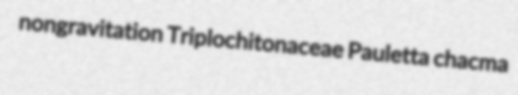
nongravitation Triplochitonaceae Pauletta chacma